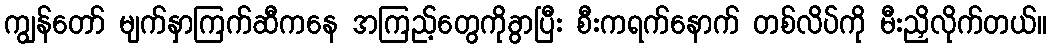
ကျွန်တော် မျက်နှာကြက်ဆီကနေ အကြည့်တွေကိုခွာပြီး စီးကရက်နောက် တစ်လိပ်ကို မီးညှိလိုက်တယ်။